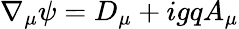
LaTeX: \nabla_{\mu}\psi=D_{\mu}+igqA_{\mu}